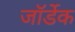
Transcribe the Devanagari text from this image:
जॉर्डेक